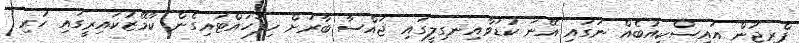
ފްރިޖުން އައިސްކިއުބެއް ނަގައި އޭނަ ކުޑަވާއިނގިލީގައި ޖައްސާ ބާރަށް ހިފަހައްޓައިގެން ކާމޭޒުކައިރީގައި ހުރި